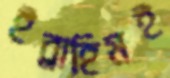
ইব্রাহিমই